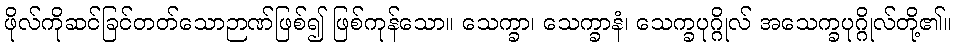
ဖိုလ်ကိုဆင်ခြင်တတ်သောဉာဏ်ဖြစ်၍ ဖြစ်ကုန်သော။ သေက္ခာ၊ သေက္ခာနံ၊ သေက္ခပုဂ္ဂိုလ် အသေက္ခပုဂ္ဂိုလ်တို့၏။